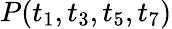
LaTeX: P(t_{1},t_{3},t_{5},t_{7})